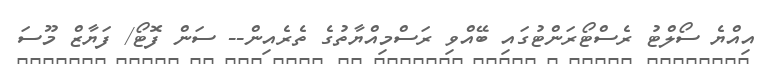
އިއްޔެ ސޯލްޓު ރެސްޓޯރަންޓުގައި ބޭއްވި ރަސްމިއްޔާތުގެ ތެރެއިން-- ސަން ފޮޓޯ/ ފަޔާޒް މޫސަ